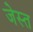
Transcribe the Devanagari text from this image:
जेस्त